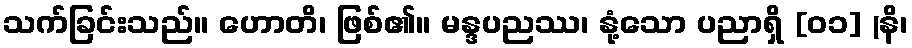
သက်ခြင်းသည်။ ဟောတိ၊ ဖြစ်၏။ မန္ဒပညဿ၊ နုံ့သော ပညာရှိ [၀၁] (နိ၊